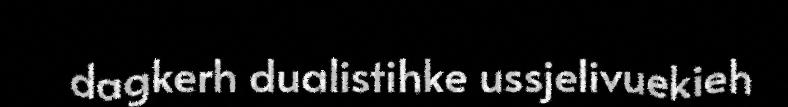
dagkerh dualistihke ussjelivuekieh